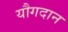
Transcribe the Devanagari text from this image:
यौगदान